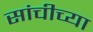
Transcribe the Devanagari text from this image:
सांचीच्या